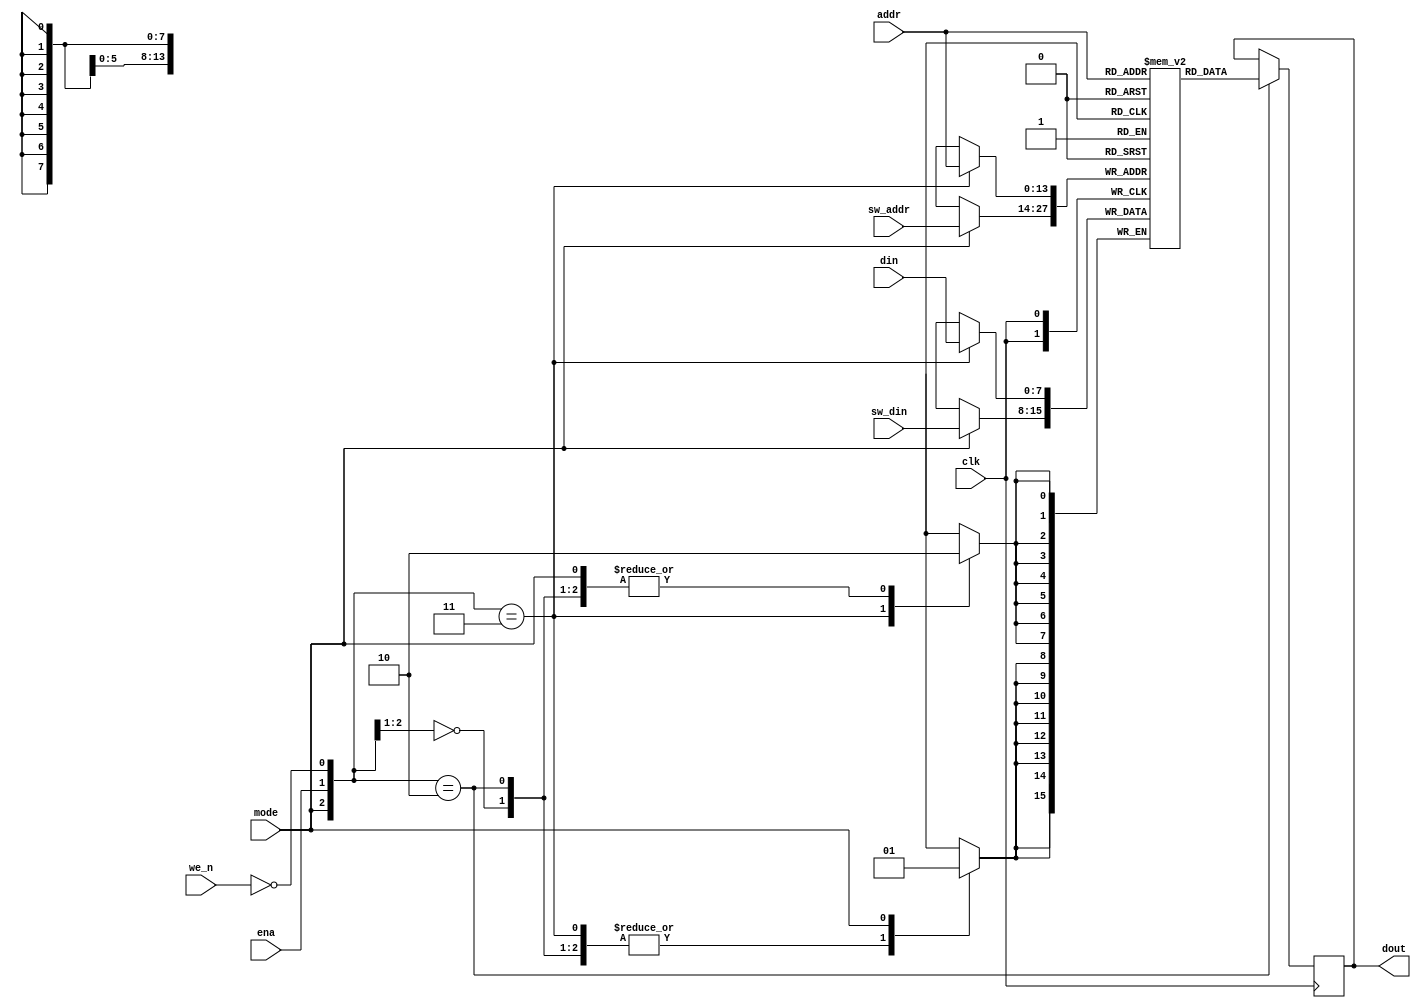
`timescale 1ns / 1ps
//////////////////////////////////////////////////////////////////////////////////
// Company: 
// Engineer: 
// 
// Design Name: 
// Module Name: mem
// Project Name: 
// Target Devices: 
// Tool Versions: 
// Description: 
// 
// Dependencies: 
// 
// Revision:
// Revision 0.01 - File Created
// Additional Comments:
// 
//////////////////////////////////////////////////////////////////////////////////


module rom(
    input               clk,
    input       [13:0]  addr,
    input               we_n,
    input               ena,
    input       [7:0]   din,
    output reg  [7:0]   dout,
    input               mode, 
    input       [7:0]   sw_din,
    input       [13:0]  sw_addr);
    
    reg [7:0] _mem[16383:0];
        
    wire we;
    wire [2:0] irw;
    
    assign irw = {mode, ena, ~we_n}; // init-read-write
    
    always@(posedge clk) begin
        casex(irw)
            3'b00?:begin // Do nothing.
            end
            3'b010:begin // Enable Read
                dout <= _mem[addr];
            end
            3'b011:begin // Enable Write
                _mem[addr] <= din; 
            end
            3'b1??:begin // Enable Write ROM
                _mem[sw_addr] <= sw_din;
            end
        
        endcase
    end
endmodule